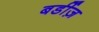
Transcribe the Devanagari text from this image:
बर्डीज़